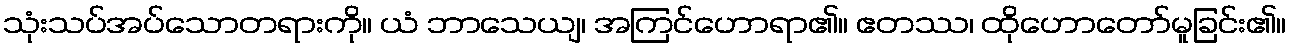
သုံးသပ်အပ်သောတရားကို။ ယံ ဘာသေယျ၊ အကြင်ဟောရာ၏။ ဧတဿ၊ ထိုဟောတော်မူခြင်း၏။